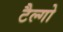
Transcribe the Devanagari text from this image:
टैल्गो